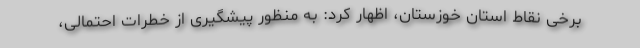
برخی نقاط استان خوزستان، اظهار کرد: به منظور پیشگیری از خطرات احتمالی،